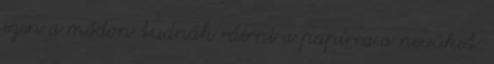
ezen a módon tudnák ráírni a papírra a nevüket.